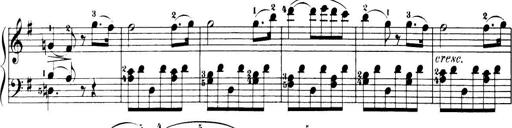
Title: 32 Sonatinas and Rondos for the Piano
Composer: Richard Kleinmichel